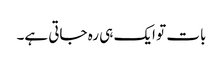
بات تو ایک ہی رہ جاتی ہے۔